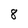
Character: 8